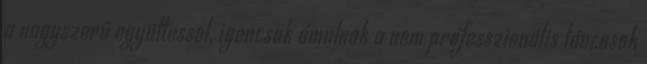
a nagyszerű együttessel, igencsak ámulnak a nem professzionális táncosok